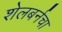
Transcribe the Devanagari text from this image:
शेलबर्नचा